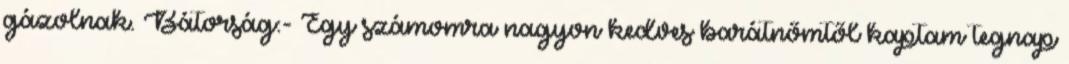
gázolnak. Bátorság:- Egy számomra nagyon kedves barátnőmtől kaptam tegnap